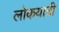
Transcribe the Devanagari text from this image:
लोकयात्री